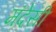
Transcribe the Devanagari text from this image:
मंदेसी